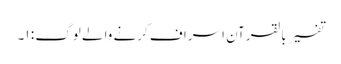
تفسیر بالقرآن اسراف کرنے والے لوگ : ١۔